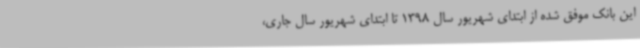
این بانک موفق شده از ابتدای شهریور سال 1398 تا ابتدای شهریور سال جاری،